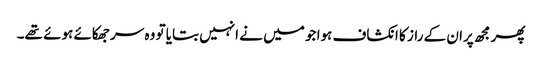
پھر مجھ پران کے راز کا انکشاف ہوا جو میں نے انہیں بتایا تو وہ سر جھکائے ہوئے تھے۔